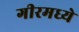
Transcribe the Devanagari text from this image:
गीरमध्ये